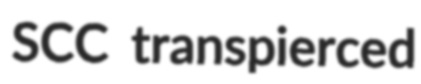
SCC transpierced